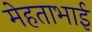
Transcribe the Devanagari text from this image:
मेहताभाई